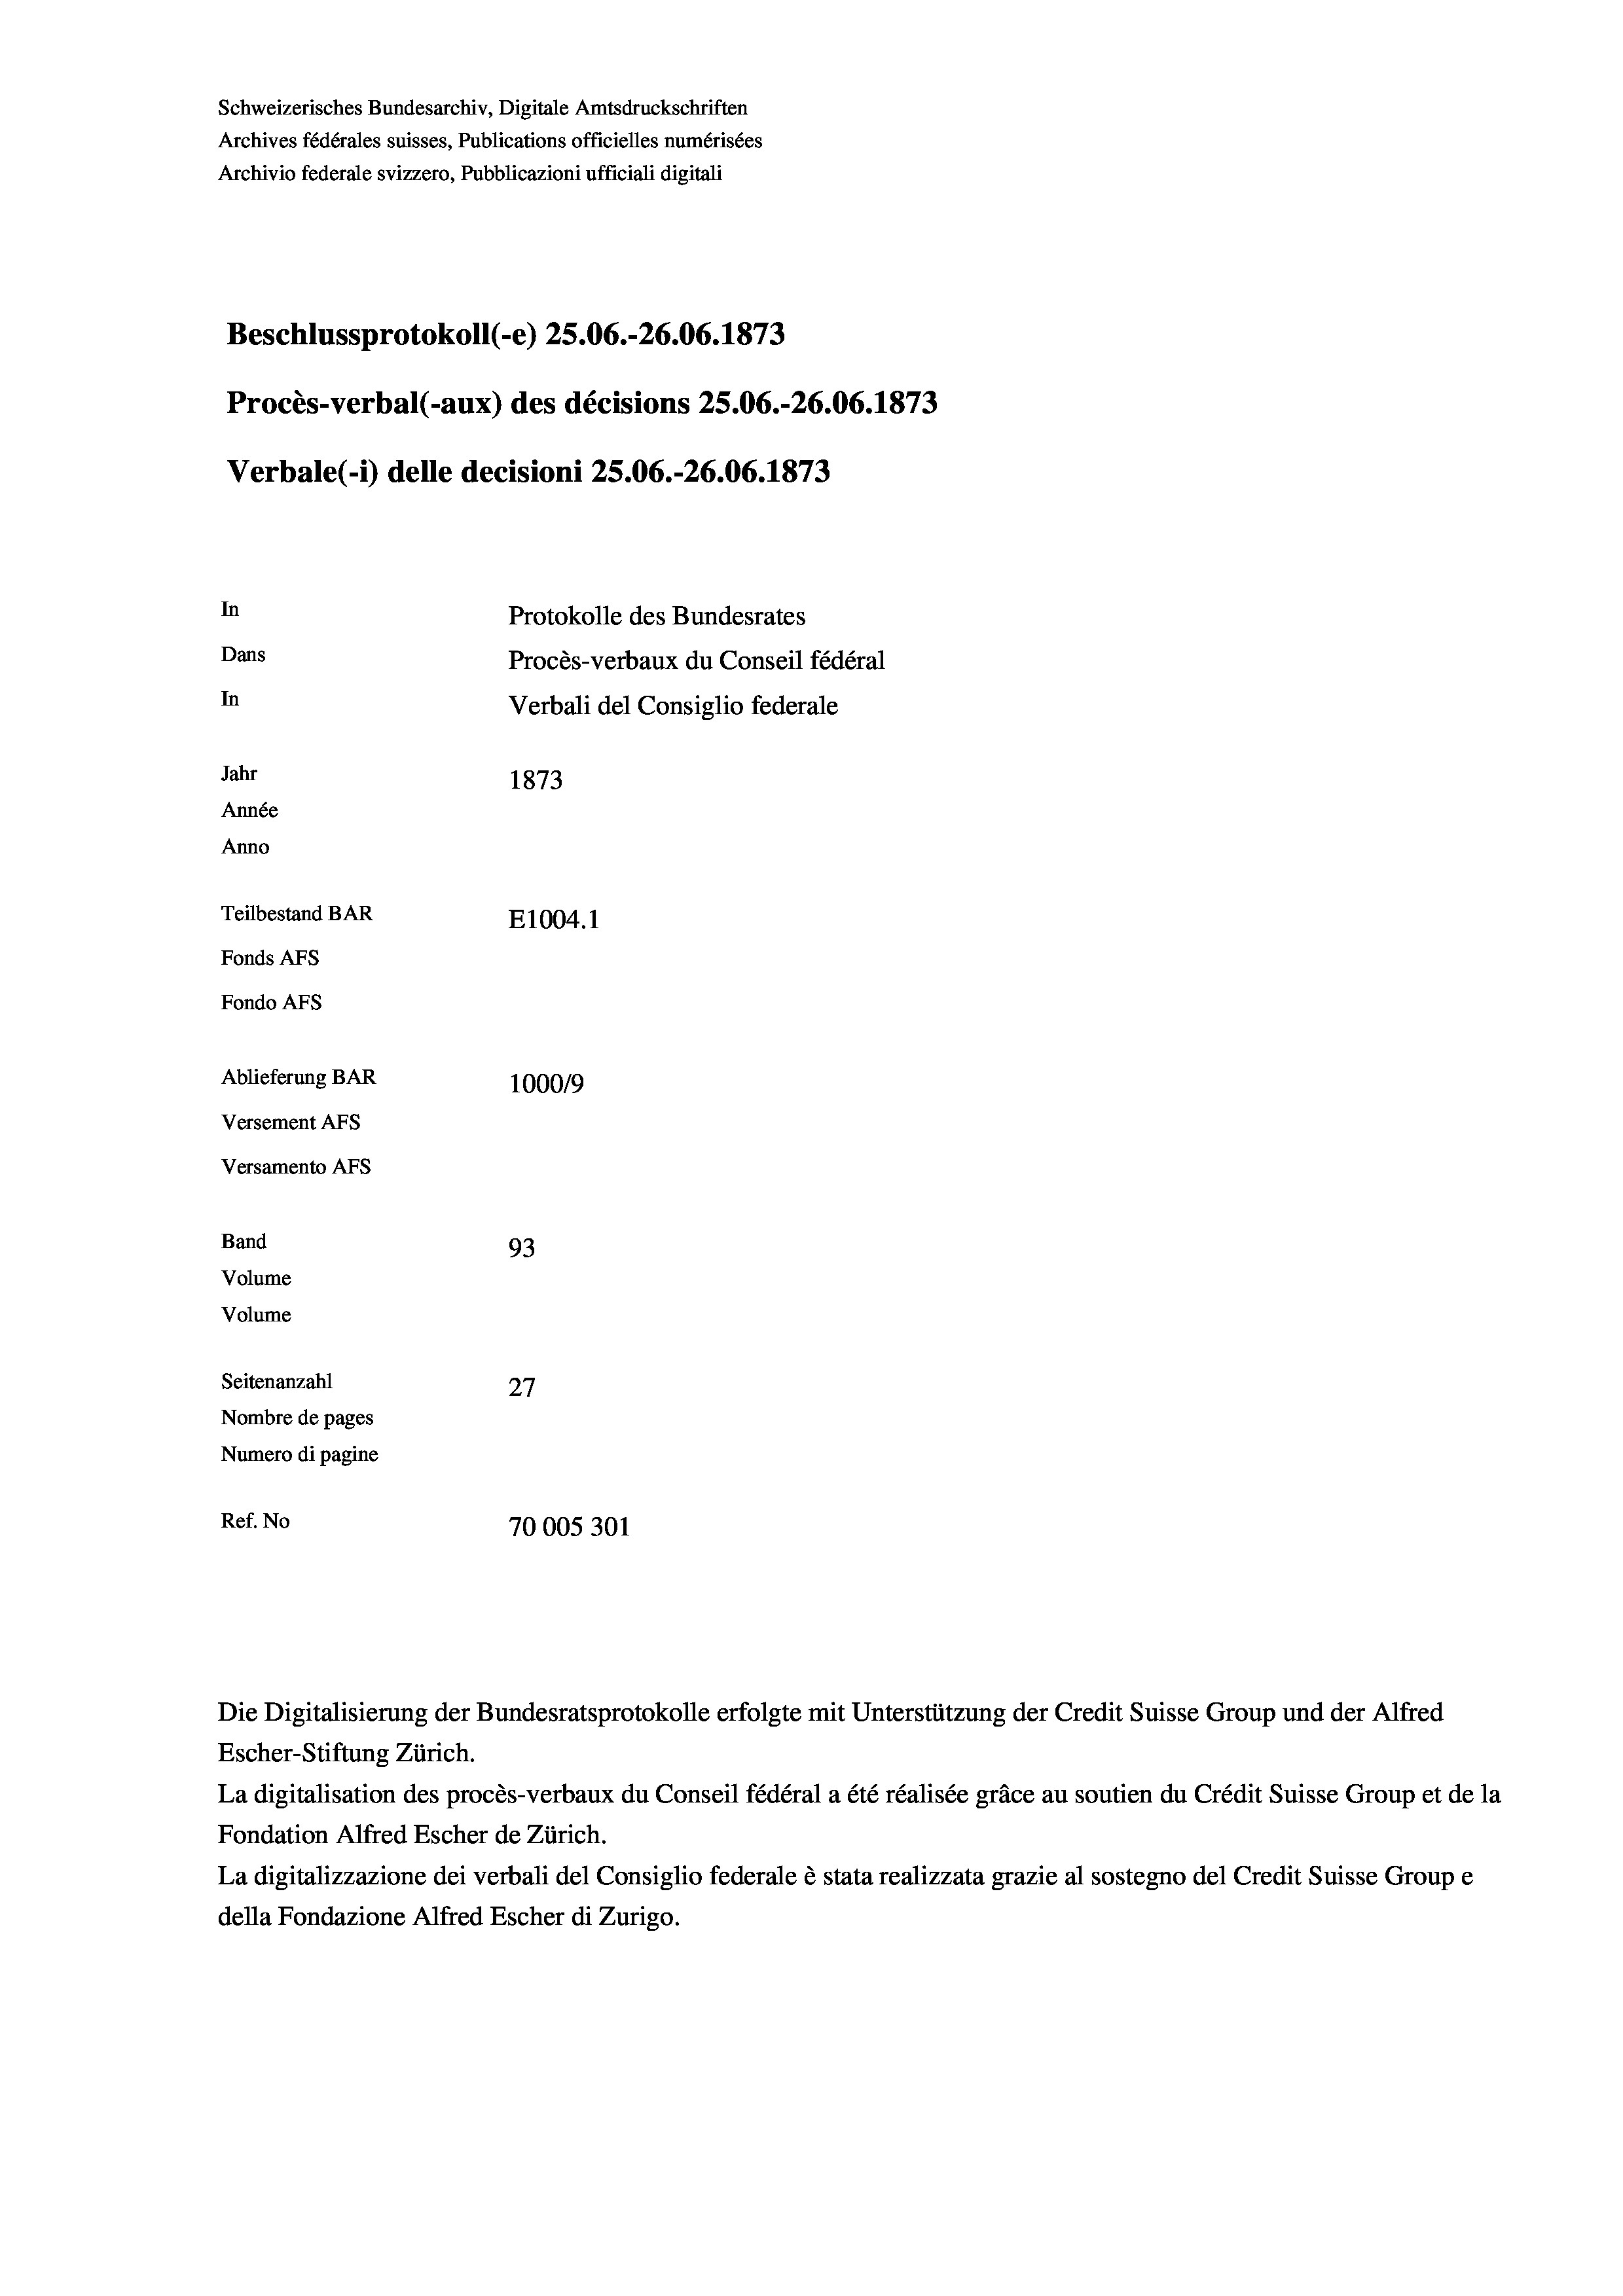
Schweizerisches Bundesarchiv, Digitale Amtsdruckschriften
Archives fédérales suisses, Publications officielles numérisées
Archivio federale svizzero, Pubblicazioni ufficiali digitali
Beschlussprotokoll (-e) 25.06.-26.06. 1873
Procès-verbal (-aux) des décisions 25.06.-26.06. 1873
Verbale (- 1) delle decisioni 25.06.-26.06. 1873
In
Protokolle des Bundesrates
Dans
Procès-verbaux du Conseil fédéral
In
Verbali del Consiglio federale
Jahr
1873
Année
Anno
Teilbestand BAR
E1004.1
Fonds AFs
Fondo Afs
Ablieferung BAR
100019
Versement AFs
Versamento AFs
Band
93
Volume
Volume
Seitenanzahl
27
Nombre de pages
Numero di pagine

Ref. No
70005301

Escher-Stiftung Zürich.
La digitalisation des procès-verbaux du Conseil fédéral a été réalisée gräce au soutien du Crédit Suisse Group et de la
Fondation Alfred Escher de Zürich.
La digitalizzazione dei verbali del Consiglio federale è stata realizzata grazie al sostegno del Credit Suisse Groupe
della Fondazione Alfred Escher di Zurigo.

Die Digitalisierung der Bundesratsprotokolle erfolgte mit Unterstützung der Credit Suisse Group und der Alfred